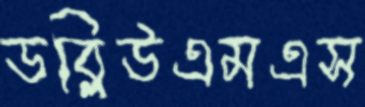
ডব্লিউএমএস